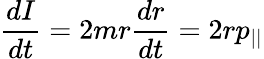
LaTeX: {\frac{dI}{dt}}=2mr{\frac{dr}{dt}}=2rp_{||}